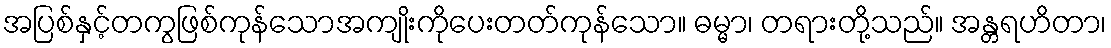
အပြစ်နှင့်တကွဖြစ်ကုန်သောအကျိုးကိုပေးတတ်ကုန်သော။ ဓမ္မာ၊ တရားတို့သည်။ အန္တရဟိတာ၊